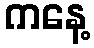
ကနေ့